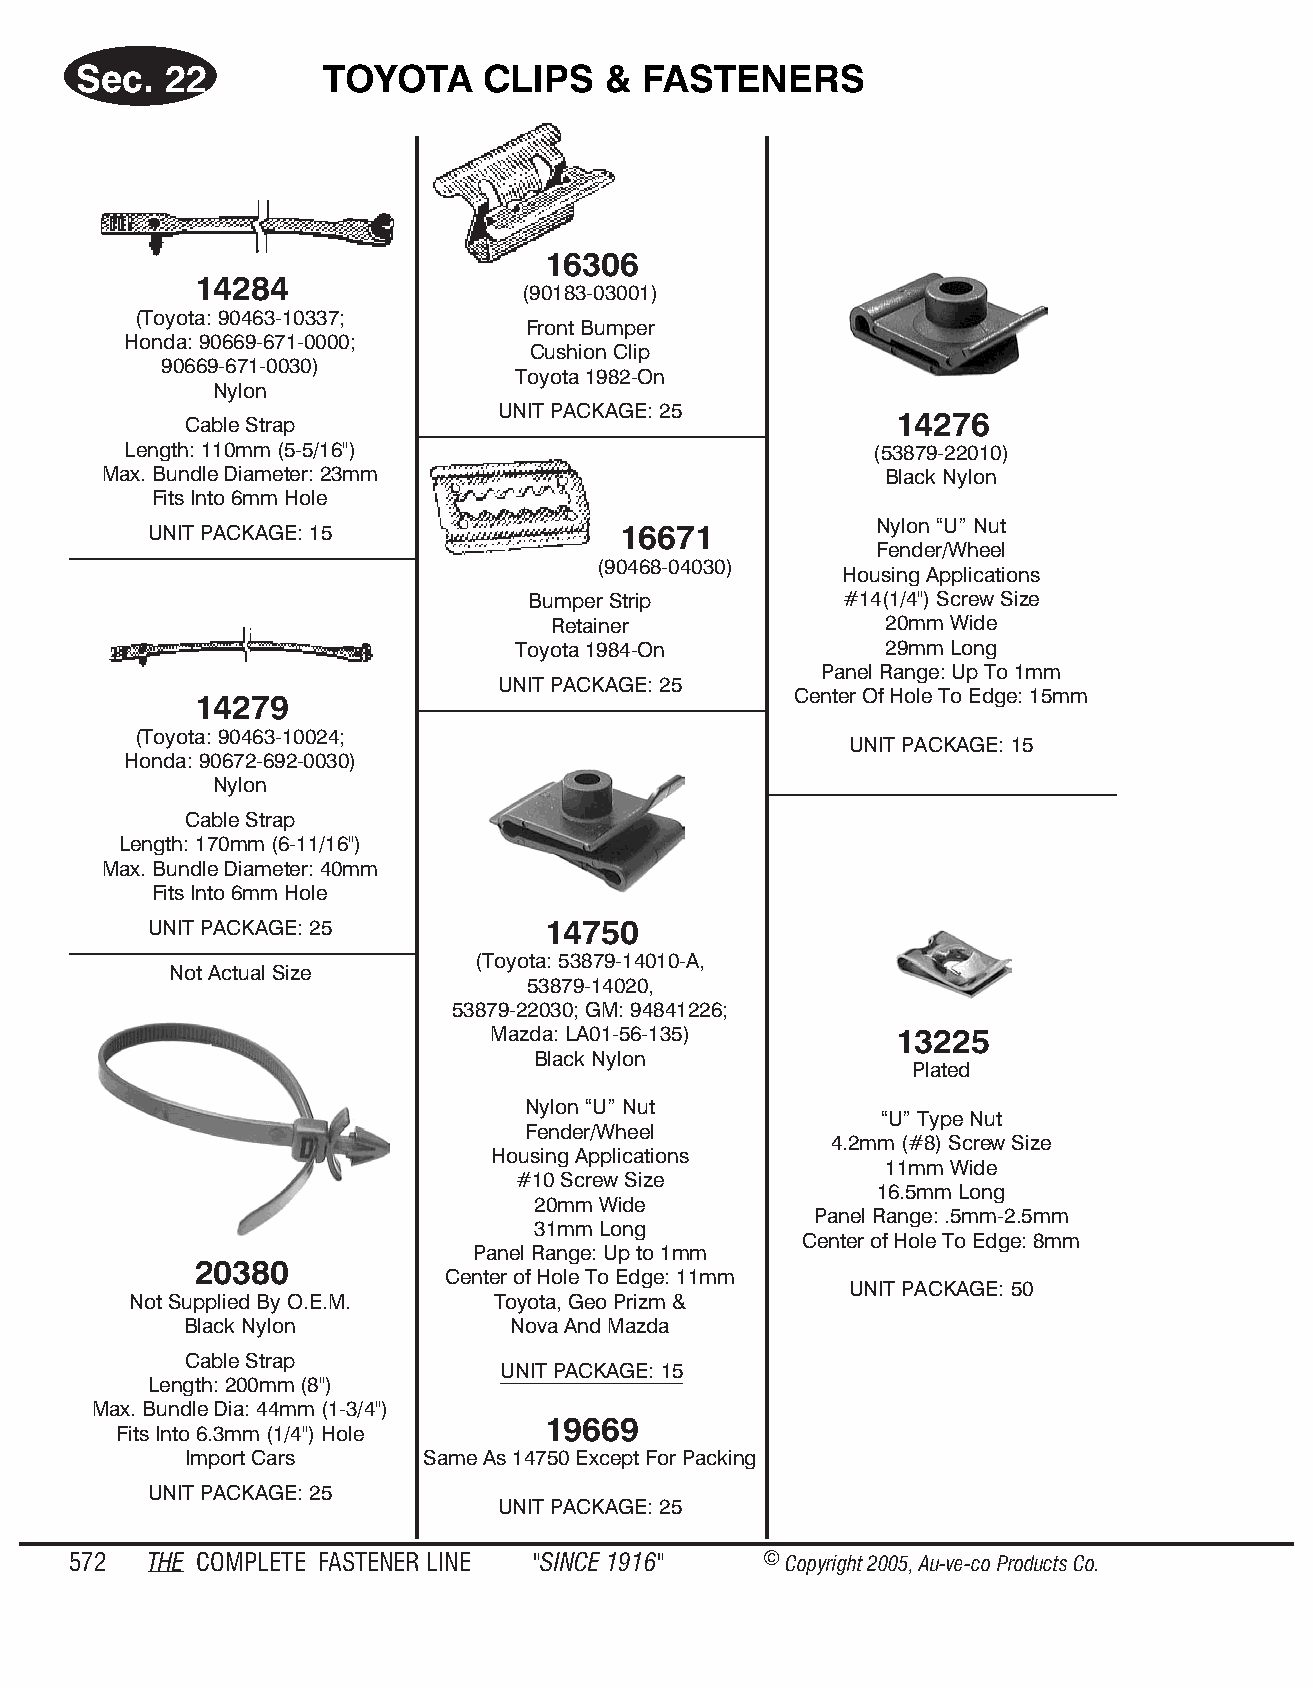
Sec.  22         TOY OTA   CLIPS   &  FAS TENE   RS
 16306
 14284
 (90183-03001)
 (Toyota: 90463-10337;
 Front Bumper
 Honda: 90669-671-0000;
 Cushion Clip
 90669-671-0030)
 Toyota 1982-On
 Nylon
 UNIT PACKAGE: 25
 Cable Strap                                     14276
 Length: 110mm (5-5/16")                           (53879-22010)
 Max. Bundle Diameter: 23mm                          Black Nyl on
 Fits Into 6mm Hole
 Nylon “U” Nut
 UNIT PACKAGE: 15               16671
 Fender/Wheel
 (90468-04030)
 Housing Applications
 Bumper Strip         #14(1/4") Screw Size
 Retainer              20mm Wide
 Toyota 1984-On           29mm Long
 Panel Range: Up To 1mm
 UNIT PACKAGE: 25
 Center Of Hole To Edge: 15mm
 14279
 (Toyota: 90463-10024;
 UNIT PACK AGE: 15
 Honda: 90672-692-0030)
 Nylon
 Cable Strap
 Length: 170mm (6-11/16")
 Max. Bundle Diameter: 40mm
 Fits Into 6mm Hole
 UNIT PACKAGE: 25          14750
 (Toyota: 53879-14010-A,
 Not Actual Size
 53879-14020,
 53879-22030; GM: 94841226;
 Mazda: LA01-56-135)        13225
 Black Nylon
 Plated
 Nylon “U” Nut
 “U” Type Nut
 Fender/Wheel
 4.2mm (#8) Screw Size
 Housing Applications
 11mm Wide
 #10 Screw Size
 16.5mm Long
 20mm Wide
 Panel Range: .5mm-2.5mm
 31mm Long
 Center of Hole To Edge: 8mm
 Panel Range: Up to 1mm
 20380
 Center of Hole To Edge: 11mm
 UNIT PACKAGE: 50
 Not Supplied By O.E.M.  Toyota, Geo Prizm &
 Black Nylon           Nova And Mazda
 Cable Strap
 UNIT PACK AGE: 15
 Length: 200mm (8")
 Max. Bundle Dia: 44mm (1-3/4")
 19669
 Fits Into 6.3mm (1/4") Hole
 Import Cars     Same As 14750 Except For Packing
 UNIT PACKAGE: 25
 UNIT PACKAGE: 25
 572  THE COM PLETE FAST ENER LINE "SINCE 1916" © Copyr ight 2005, Au-ve-co Produ cts Co.